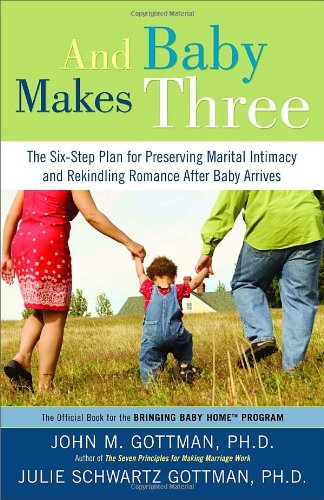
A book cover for And Baby Makes Three: The Six-Step Plan for Preserving Marital Intimacy and Rekindling Romance After Baby Arrives; John Gottman Ph.D.; Parenting & Relationships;